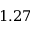
1 . 2 7